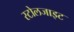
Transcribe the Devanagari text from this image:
स्टोलजाइट